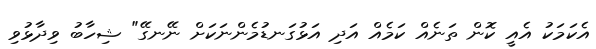
އެކަމަކު އެއީ ކޮން ތަނެއް ކަމެއް އަދި އަޅުގަނޑުމެންނަކަށް ނޭނގޭ" ޝިހާބު ވިދާޅުވި